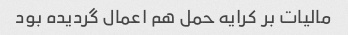
مالیات بر کرایه حمل هم اعمال گردیده بود